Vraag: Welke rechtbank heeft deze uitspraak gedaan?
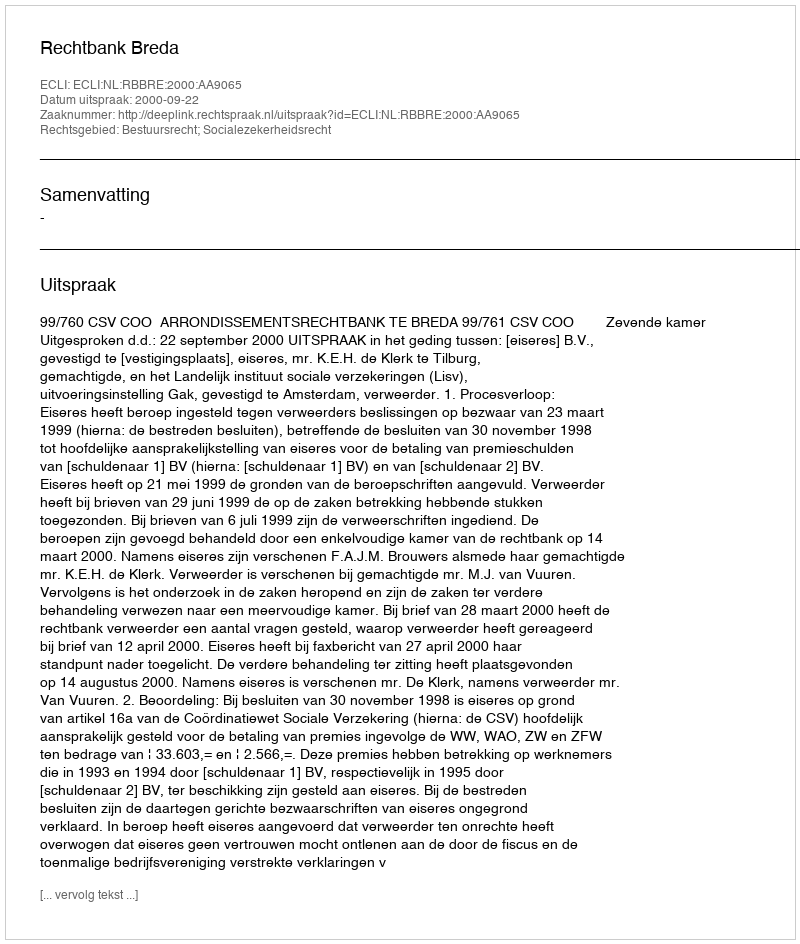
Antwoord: Rechtbank Breda